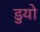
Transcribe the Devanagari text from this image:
डुयो